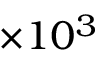
\times 1 0 ^ { 3 }